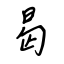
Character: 曷